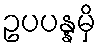
ဥပပန္နမှိ